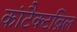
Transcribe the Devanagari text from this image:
कांटैक्टब्रिल